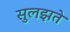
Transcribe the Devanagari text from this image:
सुलझते